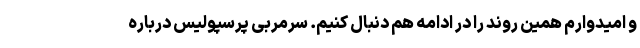
و امیدوارم همین روند را در ادامه هم دنبال کنیم. سرمربی پرسپولیس درباره